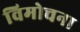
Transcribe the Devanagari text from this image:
विमोचना